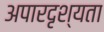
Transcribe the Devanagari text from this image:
अपारदृश्यता